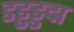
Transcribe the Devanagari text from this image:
डड्ढड्डद्म